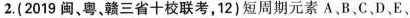
2.(2019闽、粤、赣三省十校联考，12)短周期元素A、B、C、D、E、